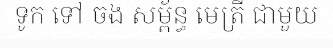
ទូក ទៅ ចង សម្ព័ន្ធ មេត្រី ជាមួយ